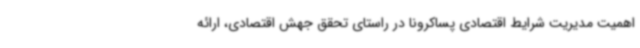
اهمیت مدیریت شرایط اقتصادی پساکرونا در راستای تحقق جهش اقتصادی، ارائه